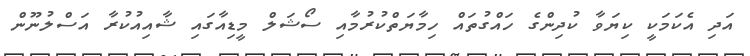
އަދި އެކަމަކީ ކިޔަވާ ކުދިންގެ ހައްގުތައް ހިމާޔަތްކުރުމާއި ސޯޝަލް މީޑިއާގައި ޝާއިއުކުރާ އަސްލުނޫން